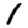
Digit: 1